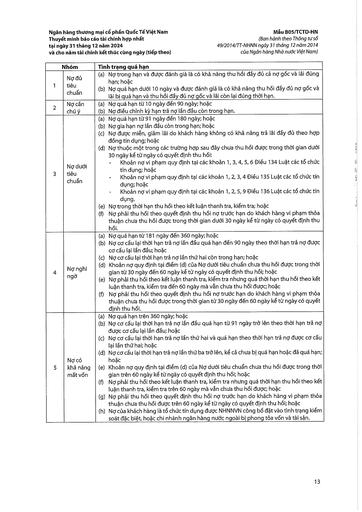
||Nhóm|Tình trạng quá hạn| |---|---|---| |1|Nợ đủ tiêu chuẩn|(a) Nợ trong hạn và được đánh giá là có khả năng thu hồi đầy đủ cả nợ gốc và lãi đúng hạn; hoặc (b) Nợ quá hạn dưới 10 ngày và được đánh giá là có khả năng thu hồi đầy đủ nợ gốc và lãi bị quá hạn và thu hồi đầy đủ nợ gốc và lãi còn lại đúng thời hạn.| |2|Nợ cần chú ý|(a) Nợ quá hạn từ 10 ngày đến 90 ngày; hoặc (b) Nợ điều chỉnh kỳ hạn trả nợ lần đầu còn trong hạn.| |3|Nợ dưới tiêu chuẩn|(a) Nợ quá hạn từ 91 ngày đến 180 ngày; hoặc (b) Nợ gia hạn nợ lần đầu còn trong hạn; hoặc (c) Nợ được miễn, giảm lãi do khách hàng không có khả năng trả lãi đầy đủ theo hợp đồng tín dụng; hoặc (d) Nợ thuộc một trong các trường hợp sau đây chưa thu hồi được trong thời gian dưới 30 ngày kể từ ngày có quyết định thu hồi: Khoản nợ vi phạm quy định tại các khoản 1, 3, 4, 5, 6 Điều 134 Luật các tổ chức tín dụng; hoặc - Khoản nợ vi phạm quy định tại các khoản 1, 2, 3, 4 Điều 135 Luật các tổ chức tín dụng; hoặc - Khoản nợ vi phạm quy định tại các khoản 1, 2, 5, 9 Điều 136 Luật các tổ chức tín dụng. (e) Nợ trong thời hạn thu hồi theo kết luận thanh tra, kiểm tra; hoặc (f) Nợ phải thu hồi theo quyết định thu hồi nợ trước hạn do khách hàng vi phạm thỏa thuận chưa thu hồi được trong thời gian dưới 30 ngày kể từ ngày có quyết định thu hồi.| |4|Nợ nghi ngờ|(a) Nợ quá hạn từ 181 ngày đến 360 ngày; hoặc (b) Nợ cơ cấu lại thời hạn trả nợ lần đầu quá hạn đến 90 ngày theo thời hạn trả nợ được cơ cấu lại lần đầu; hoặc (c) Nợ cơ cấu lại thời hạn trả nợ lần thứ hai còn trong hạn; hoặc (d) Khoản nợ quy định tại điểm (d) của Nợ dưới tiêu chuẩn chưa thu hồi được trong thời gian từ 30 ngày đến 60 ngày kể từ ngày có quyết định thu hồi; hoặc (e) Nợ phải thu hồi theo kết luận thanh tra, kiểm tra nhưng quá thời hạn thu hồi theo kết luận thanh tra, kiểm tra đến 60 ngày mà vẫn chưa thu hồi được; hoặc (f) Nợ phải thu hồi theo quyết định thu hồi nợ trước hạn do khách hàng vi phạm thỏa thuận chưa thu hồi được trong thời gian từ 30 ngày đến 60 ngày kể từ ngày có quyết định thu hồi.| |5|Nợ có khả năng mất vốn|(a) Nợ quá hạn trên 360 ngày; hoặc (b) Nợ cơ cấu lại thời hạn trả nợ lần đầu quá hạn từ 91 ngày trở lên theo thời hạn trả nợ được cơ cấu lại lần đầu; hoặc (c) Nợ cơ cấu lại thời hạn trả nợ lần thứ hai và quá hạn theo thời hạn trả nợ được cơ cấu lại lần thứ hai; hoặc (d) Nợ cơ cấu lại thời hạn trả nợ lần thứ ba trở lên, kể cả chưa bị quá hạn hoặc đã quá hạn; hoặc (e) Khoản nợ quy định tại điểm (d) của Nợ dưới tiêu chuẩn chưa thu hồi được trong thời gian trên 60 ngày kể từ ngày có quyết định thu hồi; hoặc (f) Nợ phải thu hồi theo kết luận thanh tra, kiểm tra nhưng quá thời hạn thu hồi theo kết luận thanh tra, kiểm tra trên 60 ngày mà vẫn chưa thu hồi được; hoặc (g) Nợ phải thu hồi theo quyết định thu hồi nợ trước hạn do khách hàng vi phạm thỏa thuận chưa thu hồi được trên 60 ngày kể từ ngày có quyết định thu hồi; hoặc (h) Nợ của khách hàng là tổ chức tín dụng được NHNNVN công bố đang vào tình trạng kiểm soát đặc biệt, hoặc chi nhánh ngân hàng nước ngoài bị phong tỏa vốn và tài sản.|